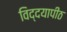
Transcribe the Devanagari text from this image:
विद्दयापीठ